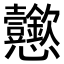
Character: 𢦆